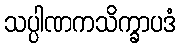
သပ္ပါဏကသိက္ခာပဒံ